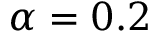
\alpha = 0 . 2